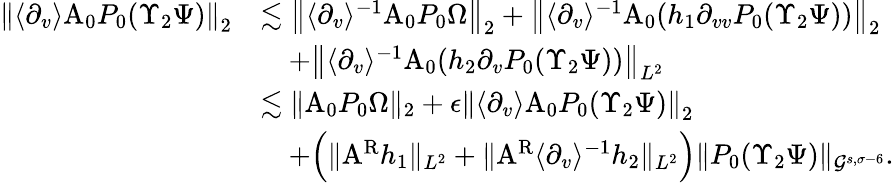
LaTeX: \begin{array}{rl}{\left\| \langle\partial_{v}\rangle\mathrm{A}_{0}P_{0}(\Upsilon_{2}\Psi)\right\| _{2}}&{\lesssim\left\| \langle\partial_{v}\rangle^{-1}\mathrm{A}_{0}P_{0}\Omega\right\| _{2}+\left\| \langle\partial_{v}\rangle^{-1}\mathrm{A}_{0}(h_{1}\partial_{vv}P_{0}(\Upsilon_{2}\Psi))\right\| _{2}}\\ &{\quad+\left\| \langle\partial_{v}\rangle^{-1}\mathrm{A}_{0}(h_{2}\partial_{v}P_{0}(\Upsilon_{2}\Psi))\right\| _{L^{2}}}\\ &{\lesssim\| \mathrm{A}_{0}P_{0}\Omega\| _{2}+\epsilon\left\| \langle\partial_{v}\rangle\mathrm{A}_{0}P_{0}(\Upsilon_{2}\Psi)\right\| _{2}}\\ &{\quad+\Big(\| \mathrm{A}^{\mathrm{R}}h_{1}\| _{L^{2}}+\| \mathrm{A}^{\mathrm{R}}\langle\partial_{v}\rangle^{-1}h_{2}\| _{L^{2}}\Big)\| P_{0}(\Upsilon_{2}\Psi)\| _{\mathcal{G}^{s,\sigma-6}}.}\end{array}